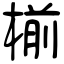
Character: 椾